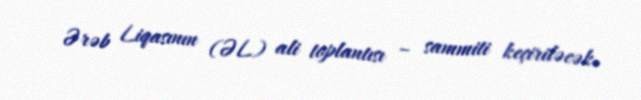
Ərəb Liqasının (ƏL) ali toplantısı – sammiti keçiriləcək.